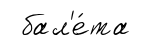
бал'е́та